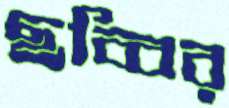
ছব্বির